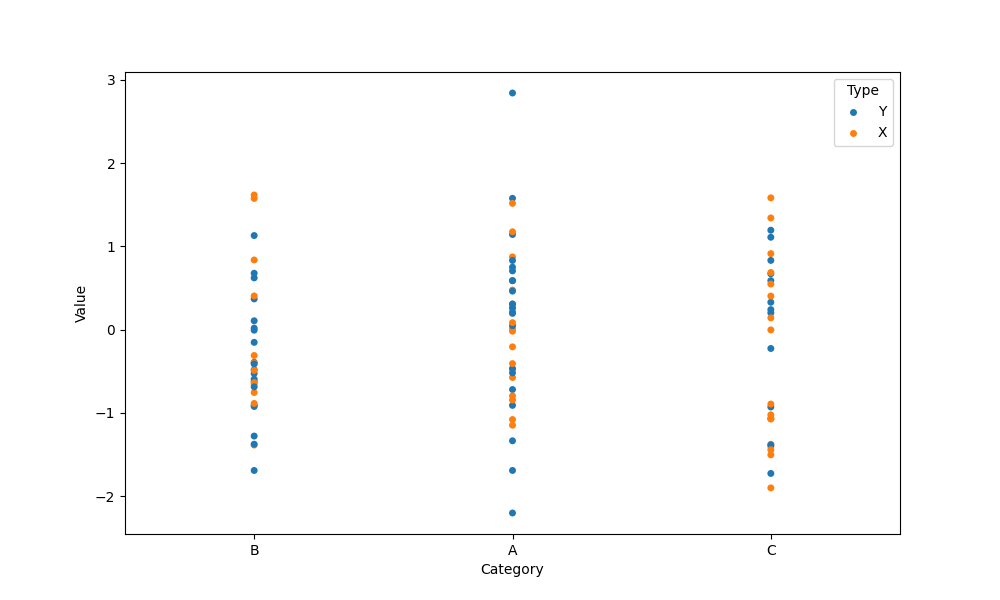
python, seaborn, stripplot, jitter=False, dodge=False, alpha=1.0, size=5